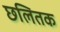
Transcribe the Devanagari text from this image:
छलितक